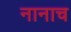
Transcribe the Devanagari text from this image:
नानाच